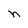
Character: n